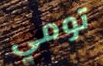
تومي